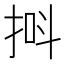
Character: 𪭸